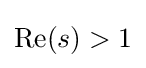
{\textstyle \operatorname {Re} (s)>1}